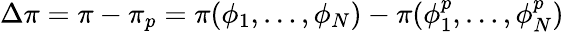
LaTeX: \Delta\pi=\pi-\pi_{p}=\pi(\phi_{1},\ldots,\phi_{N})-\pi(\phi_{1}^{p},\ldots,\phi_{N}^{p})